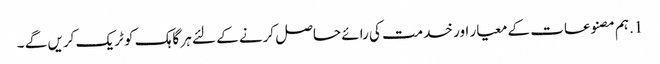
1.ہم مصنوعات کے معیار اور خدمت کی رائے حاصل کرنے کے لئے ہر گاہک کو ٹریک کریں گے ۔